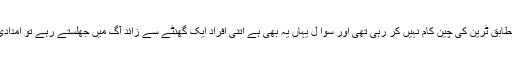
عینی شاہدین کے مطابق ٹرین کی چین کام نہیں کر رہی تھی اور سوا ل یہاں یہ بھی ہے اتنی افراد ایک گھنٹے سے زائد آگ میں جھلستے رہے تو امدادی ٹیمیں کہاں تھیں؟